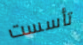
تأسست